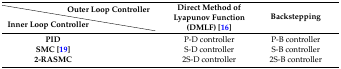
|  | Outer Loop Controller | <ROWSPAN=2> Direct Method of Lyapunov Function (DMLF) [16] | <ROWSPAN=2> Backstepping |
 | Inner Loop Controller |  |
 | --- | --- | --- | --- |
 | <COLSPAN=2> PID | P-D controller | P-B controller |
 | <COLSPAN=2> SMC [19] | S-D controller | S-B controller |
 | <COLSPAN=2> 2-RASMC | 2S-D controller | 2S-B controller |